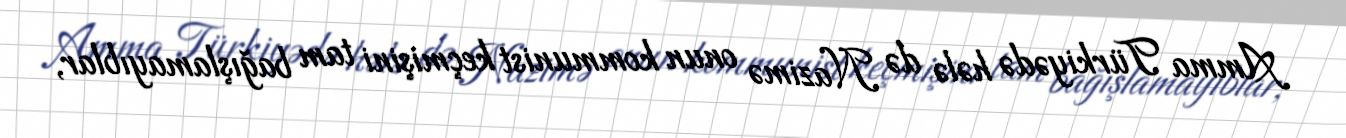
Amma Türkiyədə hələ də Nazimə onun kommunist keçmişini tam bağışlamayıblar,